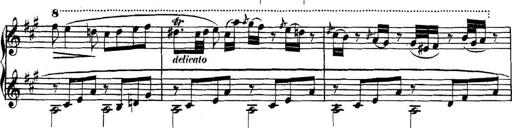
Title: Collected Piano Sonatas
Composer: Muzio Clementi